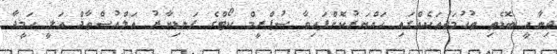
ޖިނާއީ ބޮޑެތި ތުހުމަތުތަކެއްގައި ހައްޔަރުކޮށްފައިވާ ސުޕްރީމް ކޯޓްގެ ފަނޑިޔާރު އަލްއުސްތާޛް ޢަލީ ޙަމީދާ